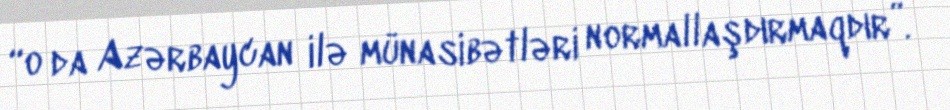
“o da Azərbaycan ilə münasibətləri normallaşdırmaqdır”.